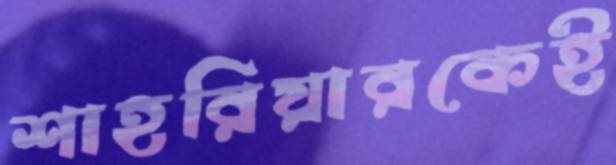
শাহরিয়ারকেই